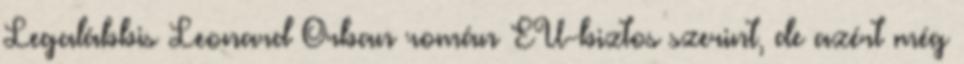
Legalábbis Leonard Orban román EU-biztos szerint, de azért még